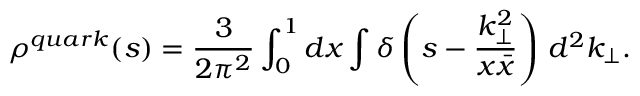
\rho ^ { q u a r k } ( s ) = \frac { 3 } { 2 \pi ^ { 2 } } \int _ { 0 } ^ { 1 } d x \int \delta \left( s - \frac { k _ { \perp } ^ { 2 } } { x \bar { x } } \right) \, d ^ { 2 } k _ { \perp } .